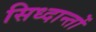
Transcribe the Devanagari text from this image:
सिध्दान्तों